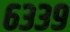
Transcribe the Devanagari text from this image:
६३३९